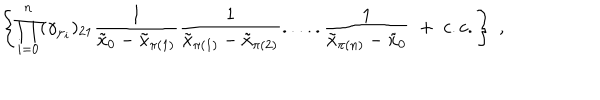
\left\{ \prod _ { i = 0 } ^ { n } ( \gamma _ { \mu _ { i } } ) _ { 2 1 } \frac { 1 } { \tilde { x } _ { 0 } - \tilde { x } _ { \pi ( 1 ) } } \frac { 1 } { \tilde { x } _ { \pi ( 1 ) } - \tilde { x } _ { \pi ( 2 ) } } . . . . . \frac { 1 } { \tilde { x } _ { \pi ( n ) } - \tilde { x } _ { 0 } } \; + \; c . c . \right\} \; ,